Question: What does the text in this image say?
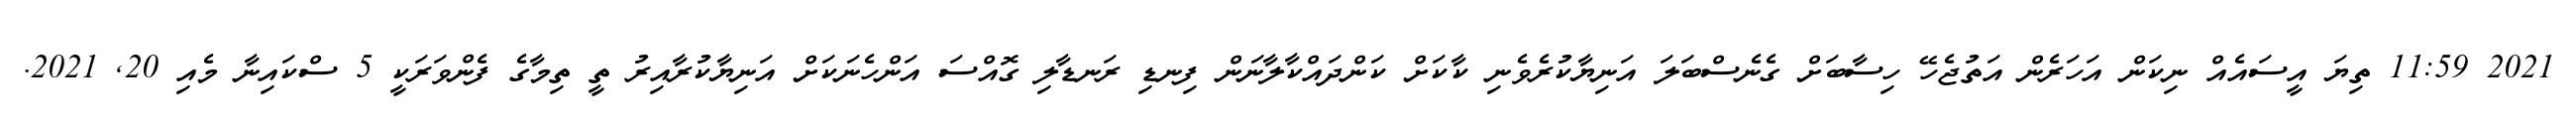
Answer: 2021 11:59 ތިޔަ އީސައެއް ނިކަން އަހަރެން އަތުޖެހޭ ހިސާބަށް ގެނެސްބަލަ އަނިޔާކުރެވެނި ކާކަށް ކަންދައްކާލާނަން ފިނޑި ރަނޑާލި ގޮއްސަ އަންހެނަކަށް އަނިޔާކުރާއިރު ތީ ތިމާގެ ފެންވަރަކީ 5 ސްކައިނާ މެއި 20, 2021.